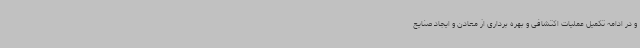
و در ادامه تکمیل عملیات اکتشافی و بهره برداری از معادن و ایجاد صنایع